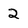
Character: 2